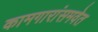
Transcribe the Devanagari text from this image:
कामगारांसमवेत